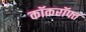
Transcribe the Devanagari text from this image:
कॉकरॉफ्त